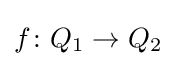
f\colon Q_{1}\to Q_{2}